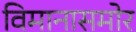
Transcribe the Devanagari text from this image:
विमानासमोर